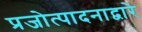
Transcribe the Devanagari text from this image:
प्रजोत्पादनाद्वारे